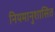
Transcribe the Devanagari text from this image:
नियमानुशासित